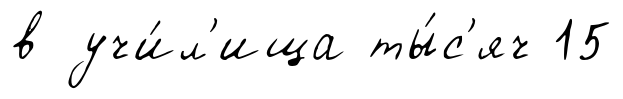
в учи́л'ища ты́с'яч 15